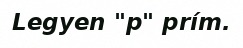
Legyen "p" prím.